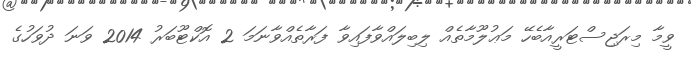
ވީމާ މިރަޖިސްޓަރީއާބެހޭ މަޢުލޫމާތެއް ލިބިލައްވާފައިވާ ފަރާތެއްވާނަމަ 2 އޮކްޓޫބަރު 2014 ވަނަ ދުވަހުގެ